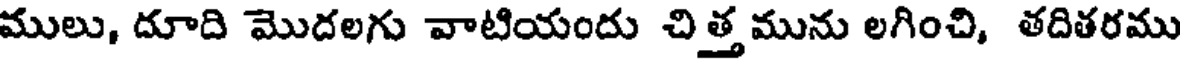
ములు, దూది మొదలగు వాటియందు చిత్తమును లగించి, తదితరము